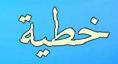
خطية